Vaccination in the Punjab 1919-1929 - 1919-1929
Year: 1919
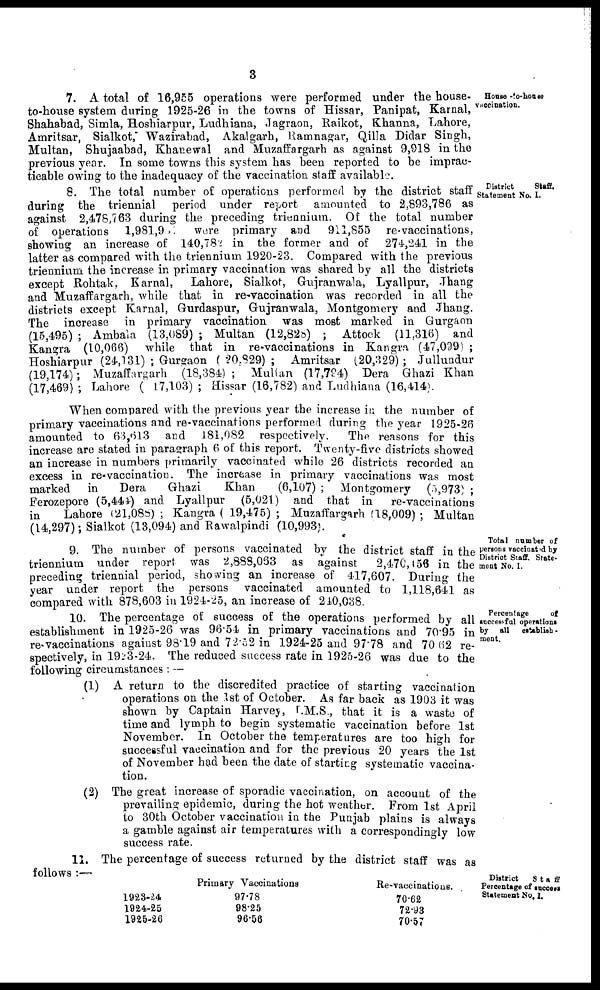
3
House -to-house
vaccination.
7. A total of 16,955 operations were performed under the house-
to-house system during 1925-26 in the towns of Hissar, Panipat, Karnal,
Shahabad, Simla, Hoshiarpur, Ludhiana, Jagraon, Raikot, Khanna, Lahore,
Amritsar, Sialkot, Wazirabad, Akalgarh, Ramnagar, Qilla Didar Singh,
Multan, Shujaabad, Khanewal and Muzaffargarh as against 9,918 in the
previous year. In some towns this system has been reported to be imprac-
ticable owing to the inadequacy of the vaccination staff available.
District
Staff.
Statement No. I.
8. The total number of operations performed by the district staff
during the triennial period under report amounted to 2,893,786 as
against 2,478,763 during the preceding triennium. Of the total number
of operations 1,981,9
were primary and
911,855 re-vaccinations,
showing an increase of 140,782 in the former and of 274,241 in the
latter as compared with the triennium 1920-23. Compared with the previous
triennium the increase in primary vaccination was shared by all the districts
except Rohtak, Karnal, Lahore, Sialkot, Gujranwala, Lyallpur, Jhang
and Muzaffargarh, while that in re-vaccination was recorded in all the
districts except Karnal, Gurdaspur, Gujranwala, Montgomery and Jhang.
The increase in primary vaccination was most marked in Gurgaon
(15,495) ; Ambala (13,089) ; Multan (12,828) ; Attock (11,316) and
Kangra (10,066) while that in re-vaccinations in Kangra (47,099) ;
Hoshiarpur (24,131) ; Gurgaon (20,829); Amritsar (20,329); Jullundur
(19,174); Muzaffargarh (18,384); Multan (17,794) Dera Ghazi Khan
(17,469) ; Lahore ( 17,103) ; Hissar (16,782) and Ludhiana (16,414).
When compared with the previous year the increase in the number of
primary vaccinations and re-vaccinations performed during the year 1925-26
amounted to 63,613 and 181,082 respectively.
The reasons for this
increase are stated in paragraph 6 of this report. Twenty-five districts showed
an increase in numbers primarily vaccinated while 26 districts recorded an
excess in re-vaccination. The increase in primary vaccinations was most
marked in
Dera
Ghazi
Khan
(6,107) ; Montgomery (5,973) ;
Ferozepore (5,444) and Lyallpur (5,021) and that in
re-vaccinations
in
Lahore (21,088); Kangra ( 19,475) ; Muzaffargarh (18,009) ; Multan
(14,297); Sialkot (13,094) and Rawalpindi (10,993).
Total number of
persons vaccinated by
District Staff. State-
ment No. I.
9. The number of persons vaccinated by the district staff in the
triennium under report was 2,888,063 as against
2,470,156 in the
preceding triennial period, showing an increase of 417,607. During the
year under report the persons vaccinated amounted to 1,118,641 as
compared with 878,603 in 1924-25, an increase of 210,038.
Percentage
of
successful operations
by all
establish -
ment.
10. The percentage of success of the operations performed by all
establishment in 1925-26 was 96.54 in primary vaccinations and 70.95 in
re-vaccinations against 98.19 and 72.52 in 1924-25 and 97.78 and 70.62 re-
spectively, in 1923-24. The reduced success rate in 1925-26 was due to the
following circumstances : —
(1) A return to the discredited practice of starting vaccination
operations on the 1st of October. As far back as 1903 it was
shown by Captain Harvey, I.M.S., that it is a waste of
time and lymph to begin systematic vaccination before 1st
November. In October the temperatures are too high for
successful vaccination and for the previous 20 years the 1st
of November had been the date of starting systematic vaccina-
tion.
(2) The great increase of sporadic vaccination, on account of the
prevailing epidemic, during the hot weather. From 1st April
to 30th October vaccination in the Punjab plains is always
a gamble against air temperatures with a correspondingly low
success rate.
11. The percentage of success returned by the district staff was as
follows :—
District
Staff
Percentage of success
Statement No. I.
1923-24
1924-25
1925-26
Primary Vaccinations
97.78
98.25
96.56
Re-vaccinations.
70.62
72.93
70.57